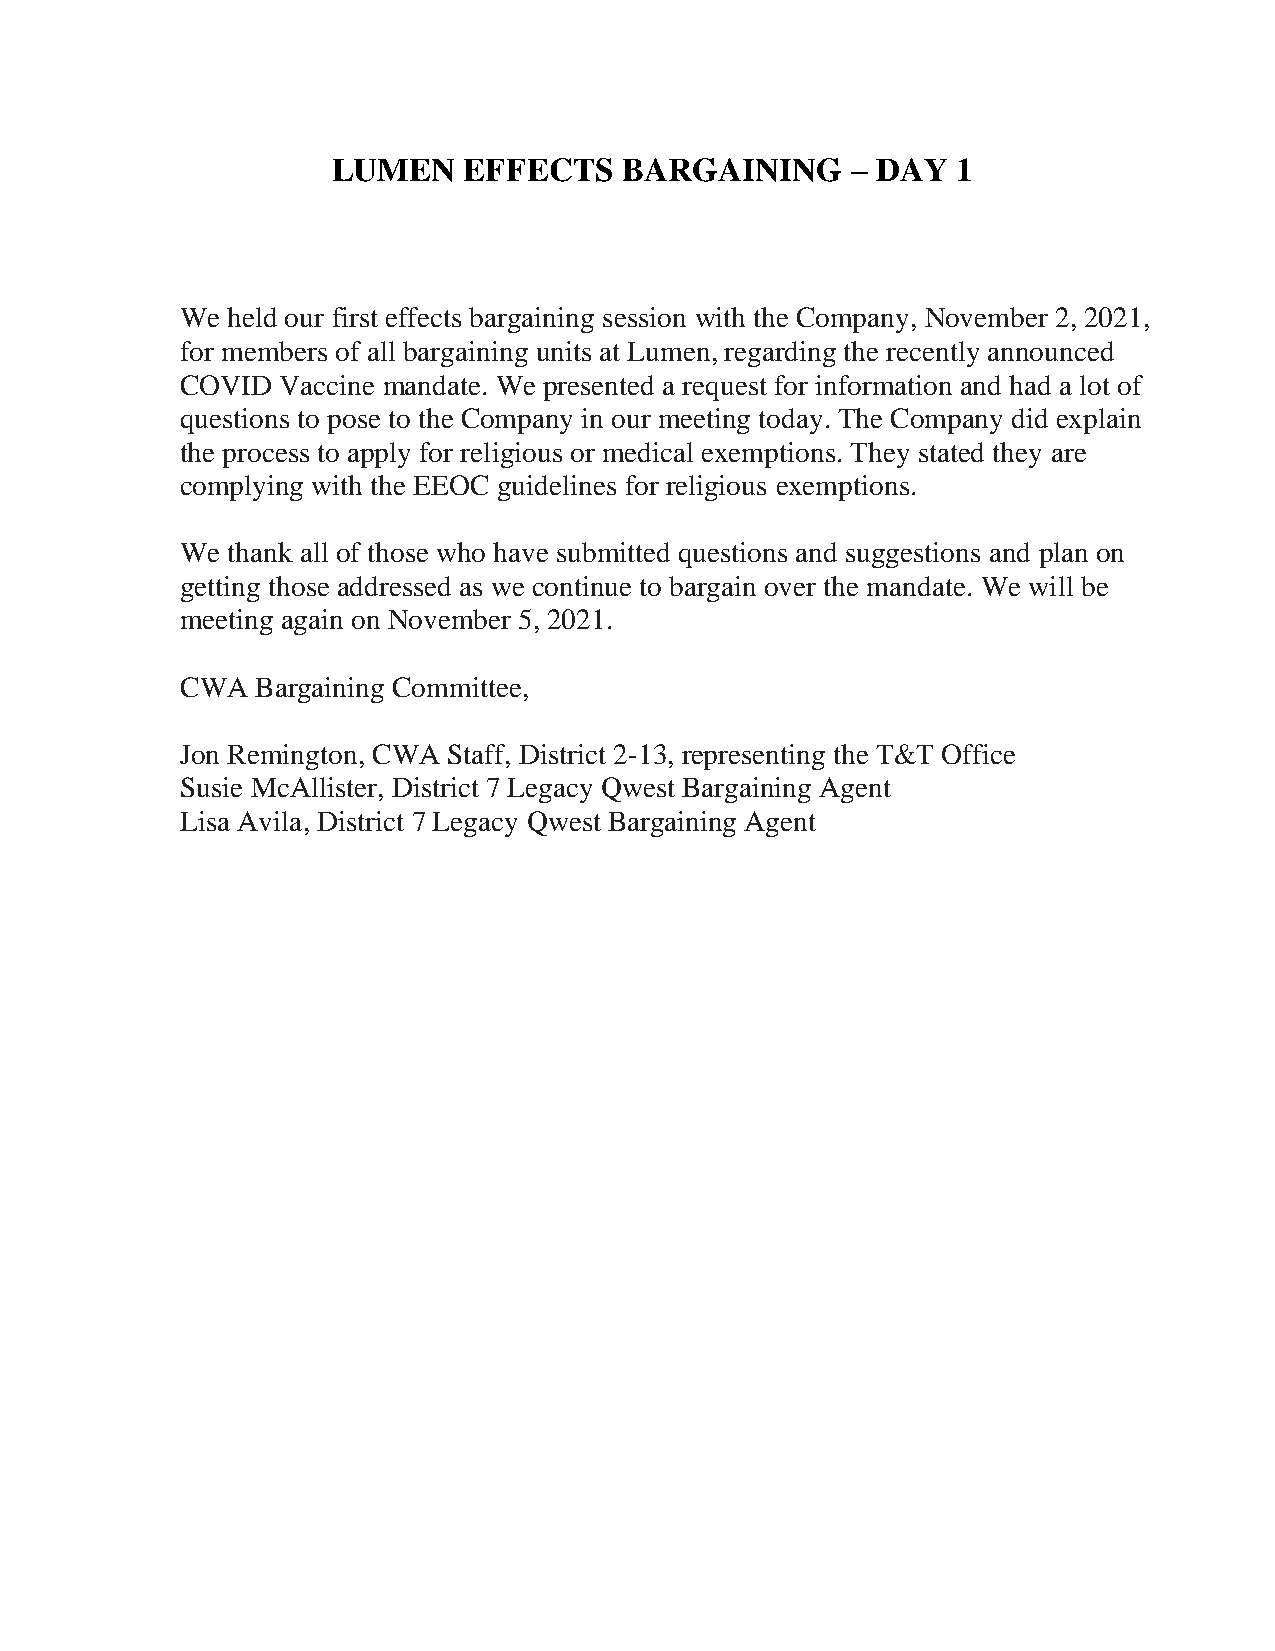
LUMEN    EFFECTS   BARGAINING     – DAY  1
 We held our first effects bargaining session with the Company, November 2, 2021,
 for members of all bargaining units at Lumen, regarding the recently announced
 COVID  Vaccine mandate. We presented a request for information and had a lot of
 questions to pose to the Company in our meeting today. The Company did explain
 the process to apply for religious or medical exemptions. They stated they are
 complying with the EEOC guidelines for religious exemptions.
 We thank all of those who have submitted questions and suggestions and plan on
 getting those addressed as we continue to bargain over the mandate. We will be
 meeting again on November 5, 2021.
 CWA  Bargaining Committee,
 Jon Remington, CWA Staff, District 2-13, representing the T&T Office
 Susie McAllister, District 7 Legacy Qwest Bargaining Agent
 Lisa Avila, District 7 Legacy Qwest Bargaining Agent